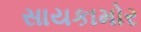
સાયકામોર